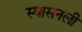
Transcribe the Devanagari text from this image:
स्वासनली